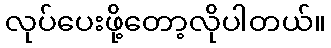
လုပ်ပေးဖို့တော့လိုပါတယ်။